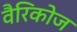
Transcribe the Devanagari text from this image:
वैरिकोज